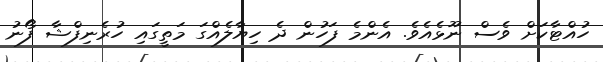
ހުއްޓާކަށް ވެސް ނޫޅެއެވެ. އެންމެ ފަހުން ދެ ހިޔާލެއްގަ މަތީގައި ހުރެނިފްޝާ ފޯނު